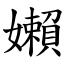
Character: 嬾